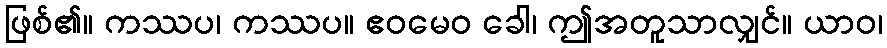
ဖြစ်၏။ ကဿပ၊ ကဿပ။ ဧဝမေဝ ခေါ၊ ဤအတူသာလျှင်။ ယာဝ၊